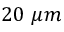
2 0 ~ \mu m